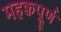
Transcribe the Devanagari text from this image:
महक्वपूर्ण